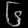
Digit: ၆